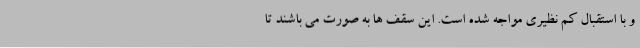
و با استقبال کم نظیری مواجه شده است. این سقف ها به صورت می باشند تا